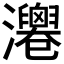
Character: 𤄻